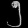
Digit: ၅